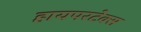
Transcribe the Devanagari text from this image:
हायपरटेक्स